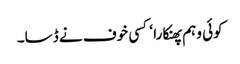
کوئی وہم پھنکارا ‘ کسی خوف نے ڈسا۔